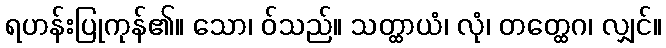
ရဟန်းပြုကုန်၏။ သော၊ ဝ်သည်။ သတ္ထာယံ၊ လုံ၊ တတ္ထေဂ၊ လျှင်။